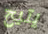
يتيح